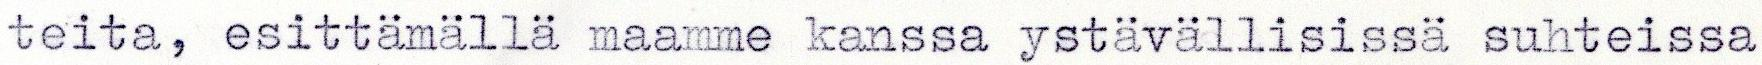
teita, esittämällä maamme kanssa ystävällisissä suhteissa